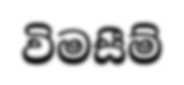
විමසීම්